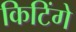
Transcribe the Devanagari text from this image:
किटिंगे